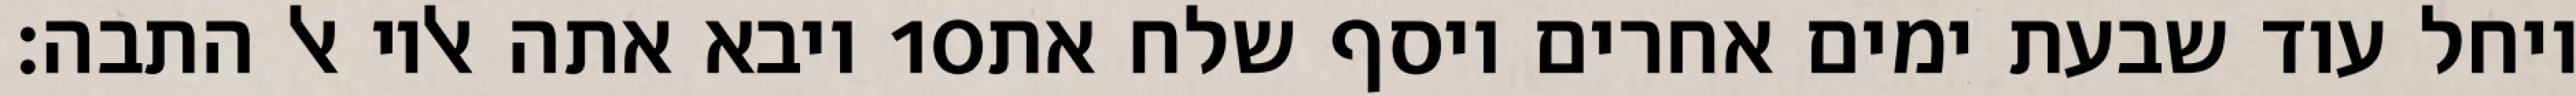
ויבא אתה אליו אל התבה׃ ‎10‏ ויחל עוד שבעת ימים אחרים ויסף שלח את